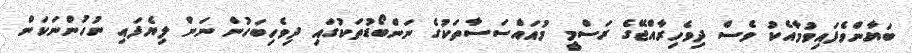
ބަޔާންވެފައިވުމާއެކު ވެސް ދިވެހިރާއްޖޭގެ ރަސްމީ މުއައްސަސާތަކުގެ ނަންބޯޑުތަކުގައި ދިވެހިބަހުން ނަން ލިޔެފައި ނުހުންނަކަން